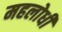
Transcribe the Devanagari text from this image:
महलोधी